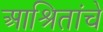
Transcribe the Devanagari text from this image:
आश्रितांचे